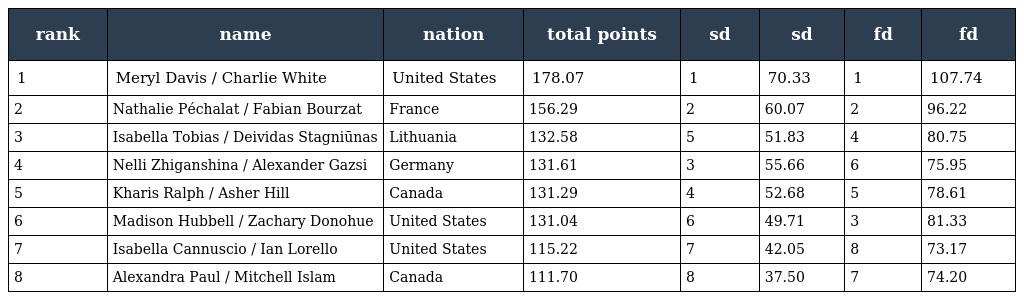
| rank | name | nation | total points | sd | sd | fd | fd |
 | --- | --- | --- | --- | --- | --- | --- | --- |
 | 1 | Meryl Davis / Charlie White | United States | 178.07 | 1 | 70.33 | 1 | 107.74 |
 | 2 | Nathalie Péchalat / Fabian Bourzat | France | 156.29 | 2 | 60.07 | 2 | 96.22 |
 | 3 | Isabella Tobias / Deividas Stagniūnas | Lithuania | 132.58 | 5 | 51.83 | 4 | 80.75 |
 | 4 | Nelli Zhiganshina / Alexander Gazsi | Germany | 131.61 | 3 | 55.66 | 6 | 75.95 |
 | 5 | Kharis Ralph / Asher Hill | Canada | 131.29 | 4 | 52.68 | 5 | 78.61 |
 | 6 | Madison Hubbell / Zachary Donohue | United States | 131.04 | 6 | 49.71 | 3 | 81.33 |
 | 7 | Isabella Cannuscio / Ian Lorello | United States | 115.22 | 7 | 42.05 | 8 | 73.17 |
 | 8 | Alexandra Paul / Mitchell Islam | Canada | 111.70 | 8 | 37.50 | 7 | 74.20 |